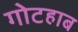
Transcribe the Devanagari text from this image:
गोटहाब